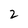
Character: 2